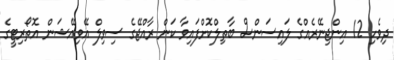
ދިވެހި 12 އިންޖިނޭރެއްގެ ލައިސަންސް ބާތިލްކޮށްފައިވާ ކަން ރާއްޖޭގެ ސިވިލް އޭވިއޭޝަން އޮތޯރިޓީގެ